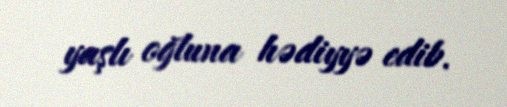
yaşlı oğluna hədiyyə edib.